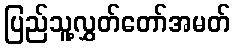
ပြည်သူ့လွှတ်တော်အမတ်